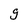
Character: g